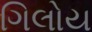
ગિલોય